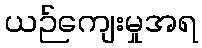
ယဉ်ကျေးမှုအရ